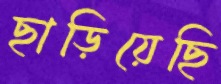
ছাড়িয়েছি